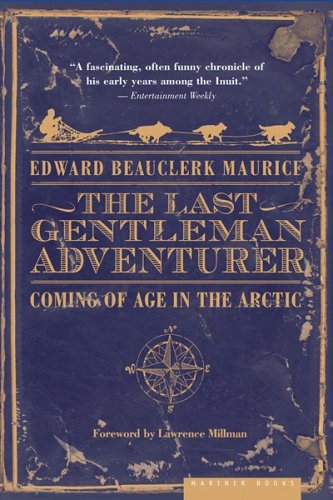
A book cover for The Last Gentleman Adventurer: Coming of Age in the Arctic; Edward Beauclerk Maurice; Biographies & Memoirs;